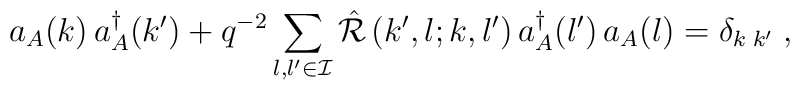
a_A(k)\,a_A^{\dagger}(k')+ q^{-2}\sum\limits_{l,l' \in {\cal I}}{\hat {\cal R}}\left(k', l;k, l' \right)a_A^{\dagger}(l')\,a_A(l)=\delta_{k\;k'}\;,